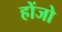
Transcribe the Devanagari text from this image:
होंजो